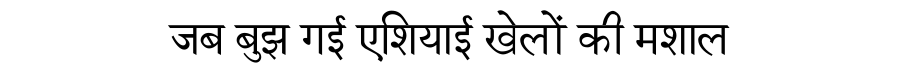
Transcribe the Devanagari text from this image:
जब बुझ गई एशियाई खेलों की मशाल